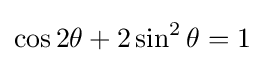
\cos 2\theta +2\sin ^{2}\theta =1